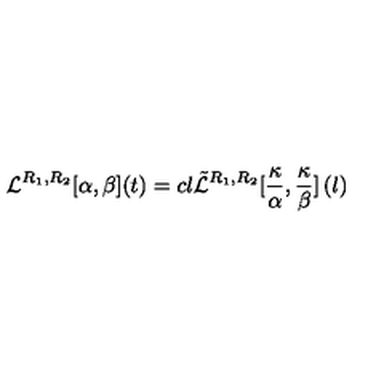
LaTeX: \mathcal { L } ^ { R _ { 1 } , R _ { 2 } } [ \alpha , \beta ] ( t ) = c l \tilde { \mathcal { L } } ^ { R _ { 1 } , R _ { 2 } } [ \frac { \kappa } { \alpha } , \frac { \kappa } { \beta } ] \left( l \right)